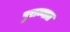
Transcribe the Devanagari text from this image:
पुराव्यात